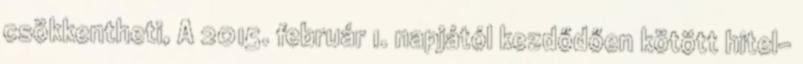
csökkentheti, A 2015. február 1. napjától kezdődően kötött hitel-